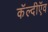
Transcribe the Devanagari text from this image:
कॅल्दीऍव